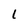
Character: 1